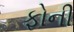
ફોની